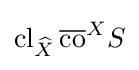
\operatorname {cl} _{\widehat {X}}{\overline {\operatorname {co} }}^{X}S